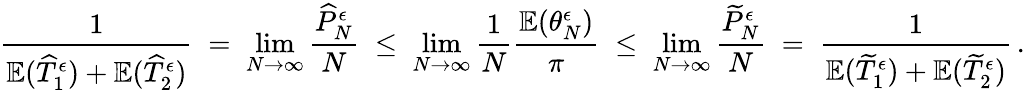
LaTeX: \frac{1}{\mathbb{E}(\widehat{T}_{1}^{\epsilon})+\mathbb{E}(\widehat{T}_{2}^{\epsilon})}\; =\; \operatorname*{lim}_{N\to\infty}\frac{\widehat{P}_{N}^{\epsilon}}{N}\; \leq\; \operatorname*{lim}_{N\to\infty}\frac{1}{N}\frac{\mathbb{E}(\theta_{N}^{\epsilon})}{\pi}\; \leq\; \operatorname*{lim}_{N\to\infty}\frac{\widetilde{P}_{N}^{\epsilon}}{N}\; =\; \frac{1}{\mathbb{E}(\widetilde{T}_{1}^{\epsilon})+\mathbb{E}(\widetilde{T}_{2}^{\epsilon})}\, .